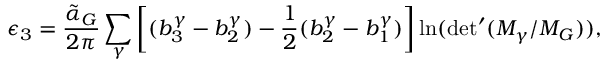
\epsilon _ { 3 } = \frac { \tilde { \alpha } _ { G } } { 2 \pi } \sum _ { \gamma } \left[ ( b _ { 3 } ^ { \gamma } - b _ { 2 } ^ { \gamma } ) - \frac { 1 } { 2 } ( b _ { 2 } ^ { \gamma } - b _ { 1 } ^ { \gamma } ) \right] \ln ( \mathrm { d e t ^ { \prime } } ( M _ { \gamma } / M _ { G } ) ) ,